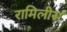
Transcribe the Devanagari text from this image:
रामिलीस